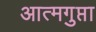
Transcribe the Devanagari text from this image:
आत्मगुप्ता